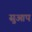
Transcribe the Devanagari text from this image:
सुआप